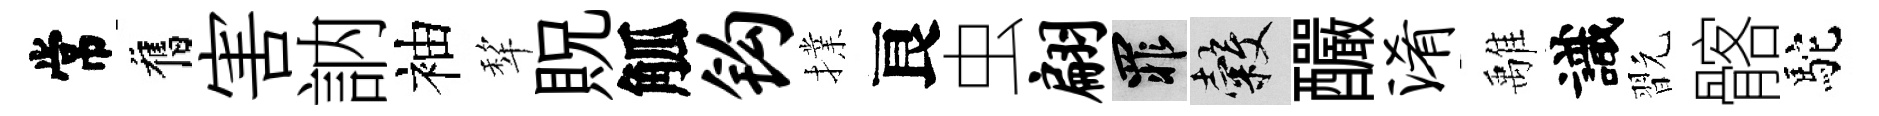
常舊害訥袖犂貺觚钩擈良虫翩罪穀釅淆𩀌識翫髂駝